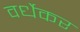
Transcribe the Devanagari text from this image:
वर्धेकर